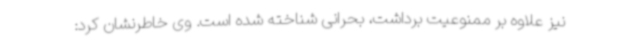
نیز علاوه بر ممنوعیت برداشت، بحرانی شناخته شده است. وی خاطرنشان کرد: